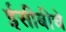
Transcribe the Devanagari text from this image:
ईसीबीचे